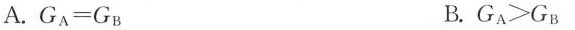
As.$$G _ { A } = G _ { B }$$ B.$$G _ { A } > G _ { B }